Punjab Mental Hospital Lahore 1932-46 - 1932-1946
Year: 1932
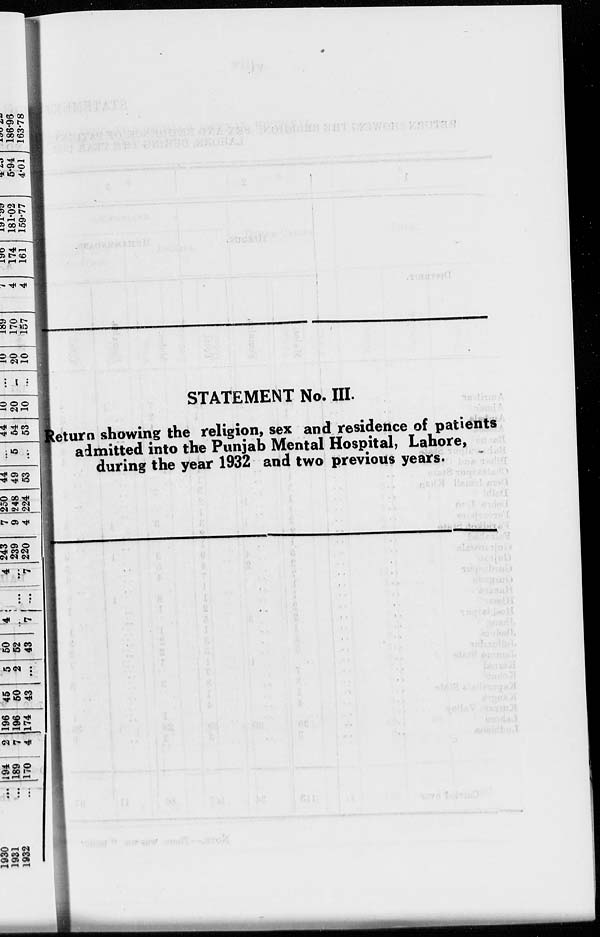
STATEMENT No. III.
Return showing the religion, sex and residence of patients
admitted into the Punjab Mental Hospital, Lahore,
during the year 1932 and two previous years.